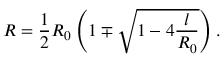
R = \frac { 1 } { 2 } R _ { 0 } \left( 1 \mp \sqrt { 1 - 4 \frac { l } { R _ { 0 } } } \right) .